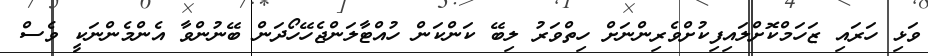
ވަޅި ހަރައި ޒަހަމްކޮށްލައިފިކުށްވެރިންނަށް ހިތްވަރު ލިބޭ ކަންކަން ހުއްޓާލަންޖެހޭހޯދަން ބޭނުންވާ އެންމެންނަކީ ވެސް